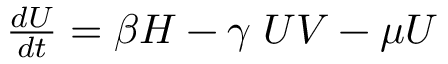
\begin{array} { r } { \frac { d U } { d t } = \beta H - \gamma \; U V - \mu U } \end{array}